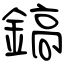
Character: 鎬